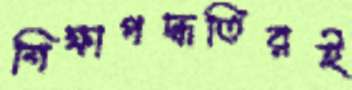
শিক্ষাপদ্ধতিরই